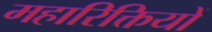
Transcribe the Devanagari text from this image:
महारिक्तियों